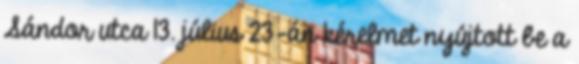
Sándor utca 13. július 23-án kérelmet nyújtott be a